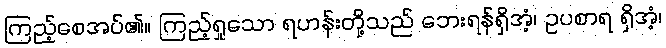
ကြည့်စေအပ်၏။ ကြည့်ရှုသော ရဟန်းတို့သည် ဘေးရန်ရှိအံ့၊ ဥပစာရ ရှိအံ့၊